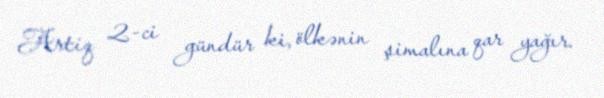
Artiq 2-ci gündür ki, ölkənin şimalına qar yağır.